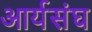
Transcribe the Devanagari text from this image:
आर्यसंघ